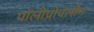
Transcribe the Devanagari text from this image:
पॉलीप्रोपलीन